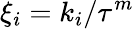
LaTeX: \xi_{i}=k_{i}/\tau^{m}